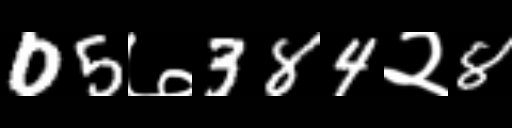
Text: 05७384२8